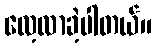
လေ့လာခဲ့ပါတယ်။